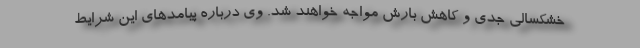
خشکسالی جدی و کاهش بارش مواجه خواهند شد. وی درباره پیامدهای این شرایط